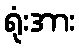
ရုံးအား